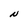
Character: N